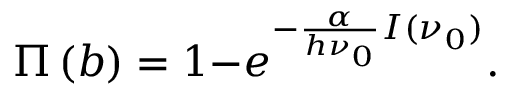
\qquad \qquad \qquad \qquad \qquad \quad \quad \quad \Pi \left( b \right) = 1 - e ^ { - \frac { \alpha } { h \nu _ { 0 } } I ( { \nu _ { 0 } } ) } . \qquad \qquad \qquad \qquad \qquad \qquad \quad \quad ( 8 ^ { \prime } )